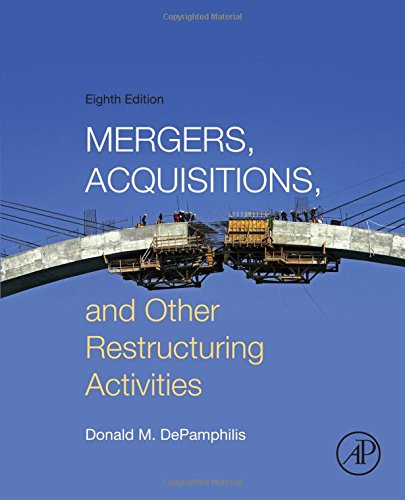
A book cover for Mergers, Acquisitions, and Other Restructuring Activities, Eighth Edition; Donald DePamphilis; Business & Money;